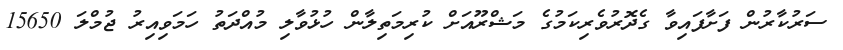
ސަރުކާރުން ފަށާފައިވާ ގެދޮރުވެރިކަމުގެ މަޝްރޫއަށް ކުރިމަތިލާން ހުޅުވާލި މުއްދަތު ހަމަވިއިރު ޖުމްލަ 15650